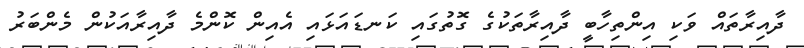
ދާއިރާތައް ވަކި އިންތިހާބީ ދާއިރާތަކުގެ ގޮތުގައި ކަނޑައަޅައި އެއިން ކޮންމެ ދާއިރާއަކުން މެންބަރު